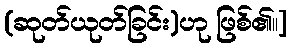
(ဆုတ်ယုတ်ခြင်း)ဟု ဖြစ်၏။]